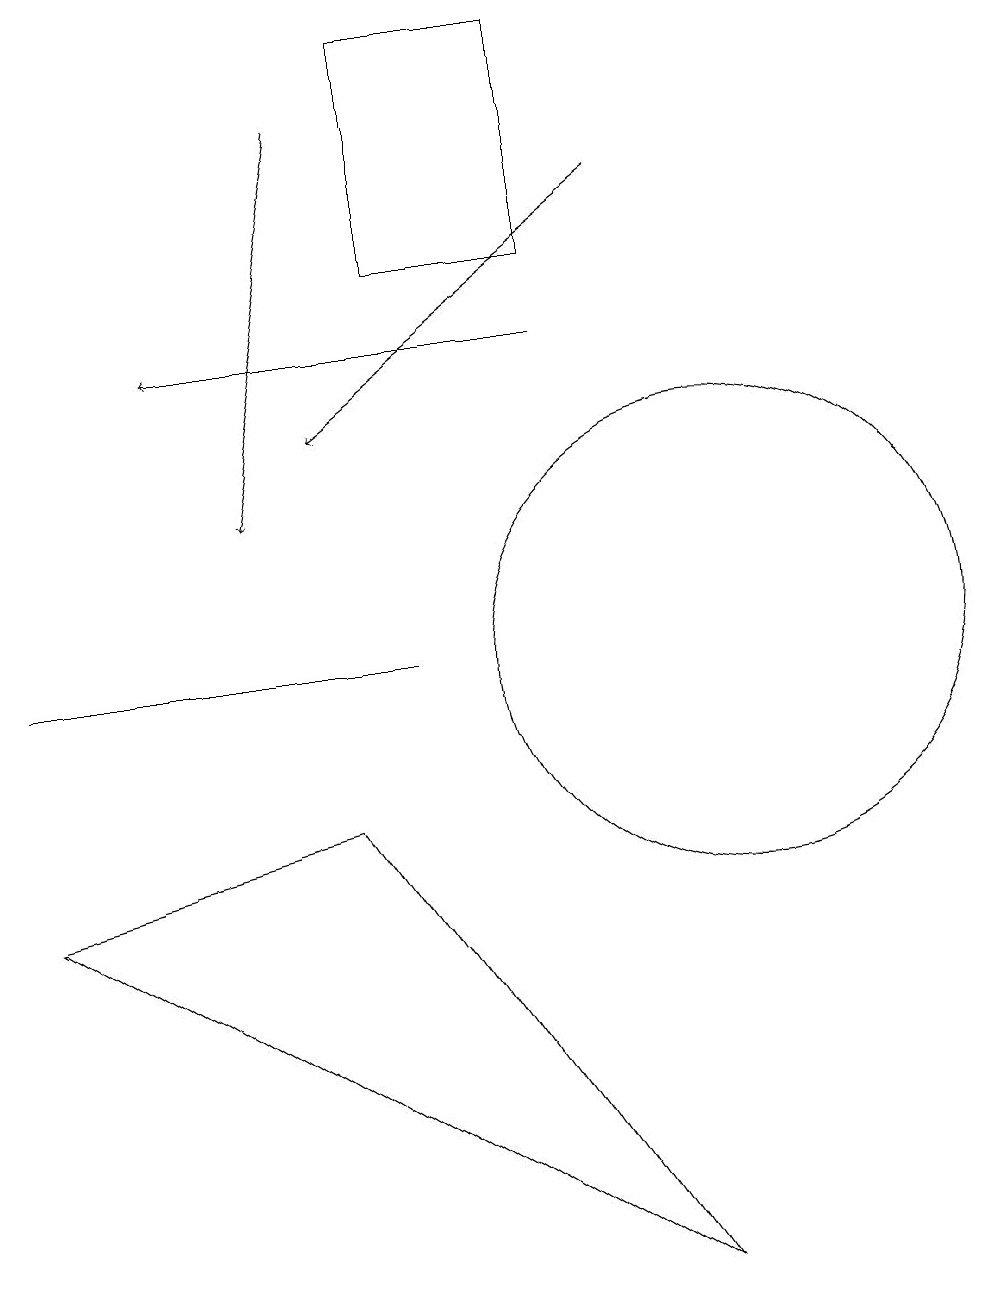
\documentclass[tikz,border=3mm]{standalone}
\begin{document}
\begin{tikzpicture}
\draw (9,2) -- (5,8) -- (1,7) -- cycle;
\draw (6,10) rectangle (1,10);
\draw[->] (9,16) -- (5,13);
\draw[->] (5,17) -- (4,12);
\draw (8,15) rectangle (6,18);
\draw[->] (8,14) -- (3,14);
\draw (10,10) circle (3);
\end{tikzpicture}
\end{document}